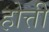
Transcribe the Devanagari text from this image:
होत्ती